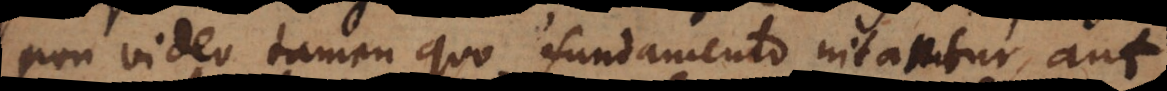
non video tamen quo fundamento nitantur, aut